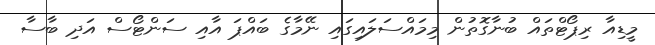
މީޑިއާ ރިޕޯޓްތައް ބުނާގޮތުން މިމައްސަލައިގައި ނޭމާގެ ބައްޕަ އާއި ސަންޓޯސް އަދި ބާސާ